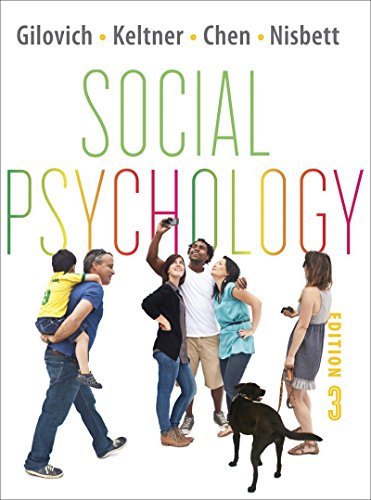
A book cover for Social Psychology (Third Edition); Tom Gilovich; Medical Books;